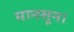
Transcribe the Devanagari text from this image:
मानसून।